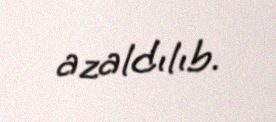
azaldılıb.